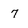
Character: 7